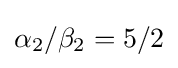
\alpha _{2}/\beta _{2}=5/2